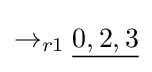
\rightarrow _{r1}{\underline {0,2,3}}